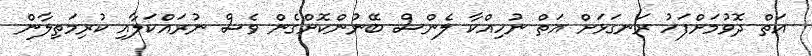
އަތް ދޮވުމަށްފަހު ރަނގަޅަށް އަތް ނުހިއްކާ ލެންސް ބޭނުންކޮށްގެން ވެސް ނުރައްކަލާއި ކުރިމަތިލާން